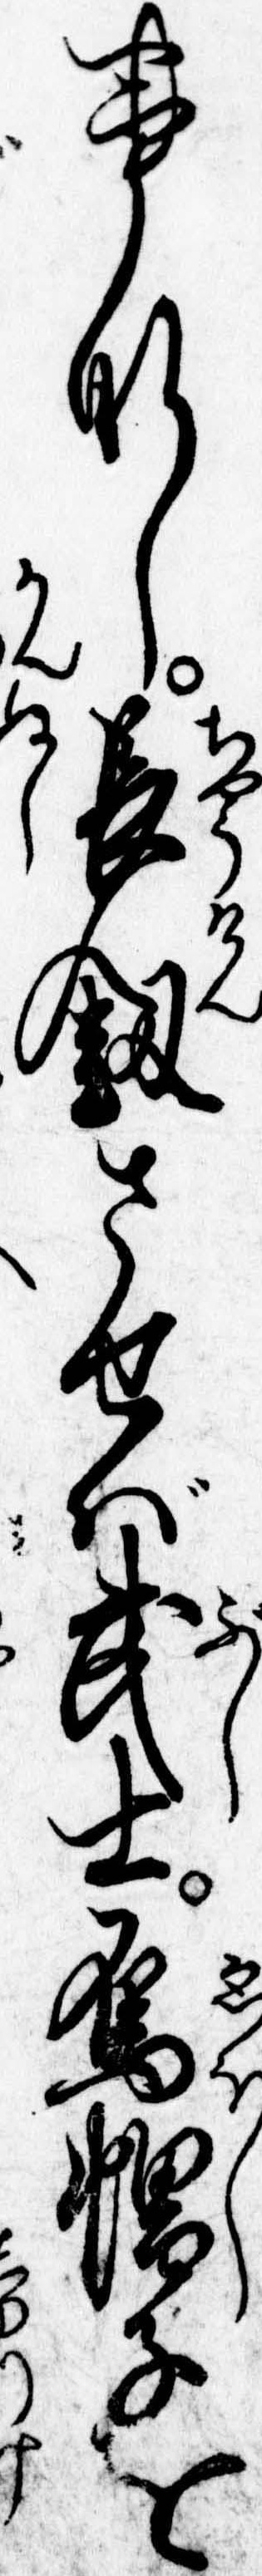
事なし長剣させば武士烏帽子を